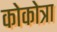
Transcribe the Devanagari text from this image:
कोकोत्रा